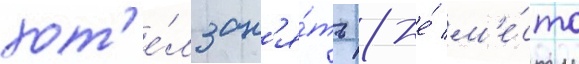
хот'е́л зан'я́ть 8-е́ м'е́сто